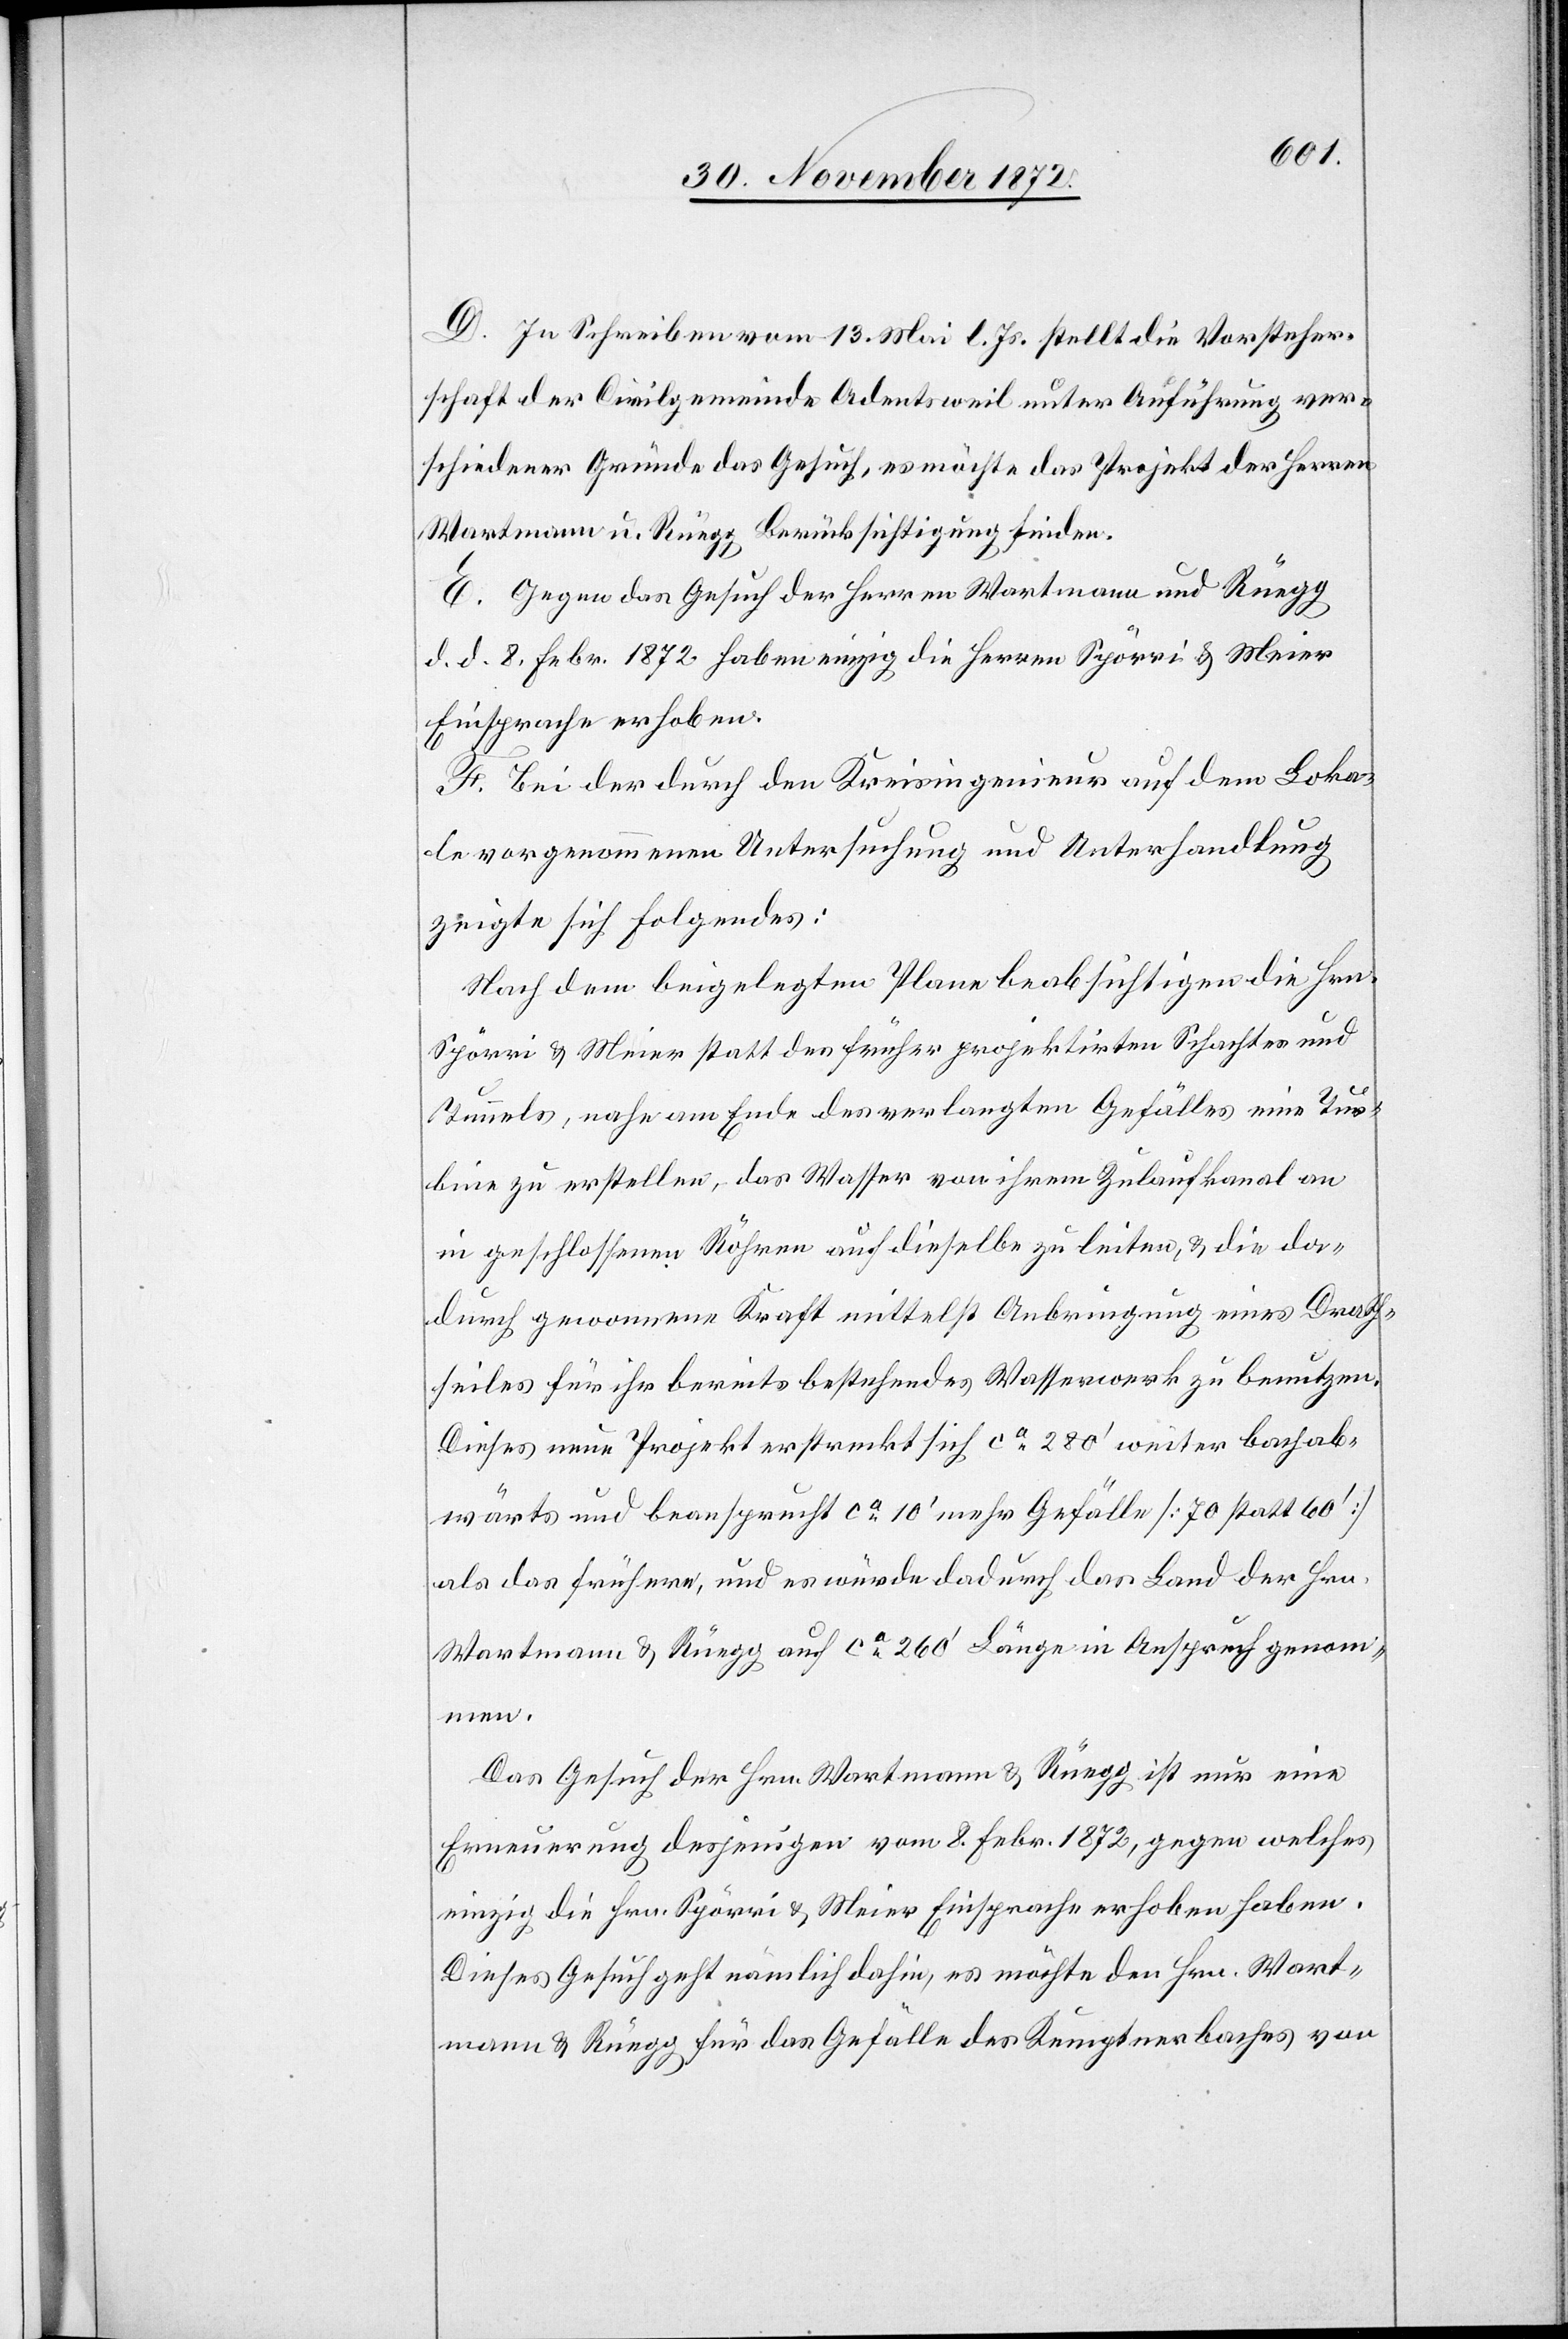
D. In Schreiben vom 13. Mai l. Js. stellt die Vorsteher¬
schaft der Civilgemeinde Adentsweil unter Ausführung ver¬
schiedener Gründe das Gesuch, es möchte das Projekt der Herren
Wartmann u. Rüegg Berücksichtigung finden.
E. Gegen das Gesuch der Herren Wartmann und Rüegg
d. d. 8. Febr. 1872 haben einzig die Herren Spörri u. Meier
Einsprache erhoben.
F. Bei der durch den Kreisingenieur auf dem Loka¬
le vorgenommenen Untersuchung und Unterhandlung
zeigte sich folgendes:
Nach dem beigelegten Plane beabsichtigen die Hrn.
Spörri u. Meier statt des früher projektirten Schachtes und
Tunnels, nahe am Ende des verlangten Gefälles eine Tur¬
bine zu erstellen, das Wasser von ihrem Zulaufkanal an
in geschlossenen Röhren auf dieselbe zu leiten, u. die da¬
durch gewonnene Kraft mittelst Anbringung eines Drath¬
seiles für ihr bereits bestehendes Wasserwerk zu benutzen.
Dieses neue Projekt erstreckt sich ca 280’ weiter bachab¬
wärts und beansprucht ca 10’ mehr Gefälle [70 statt 60’]
als das frühere, und es würde dadurch das Land der Hrn.
Wartmann u. Rüegg auf ca 260’ Länge in Anspruch genom¬
men.
Das Gesuch der Hrn. Wartmann u. Rüegg ist nur eine
Erneuerung desjenigen vom 8. Febr. 1872, gegen welches
einzig die Hrn. Spörri u. Meier Einsprache erhoben haben.
Dieses Gesuch geht nämlich dahin, es möchte den Hrn. Wart¬
mann u. Rüegg für das Gefälle des Kemptnerbaches von